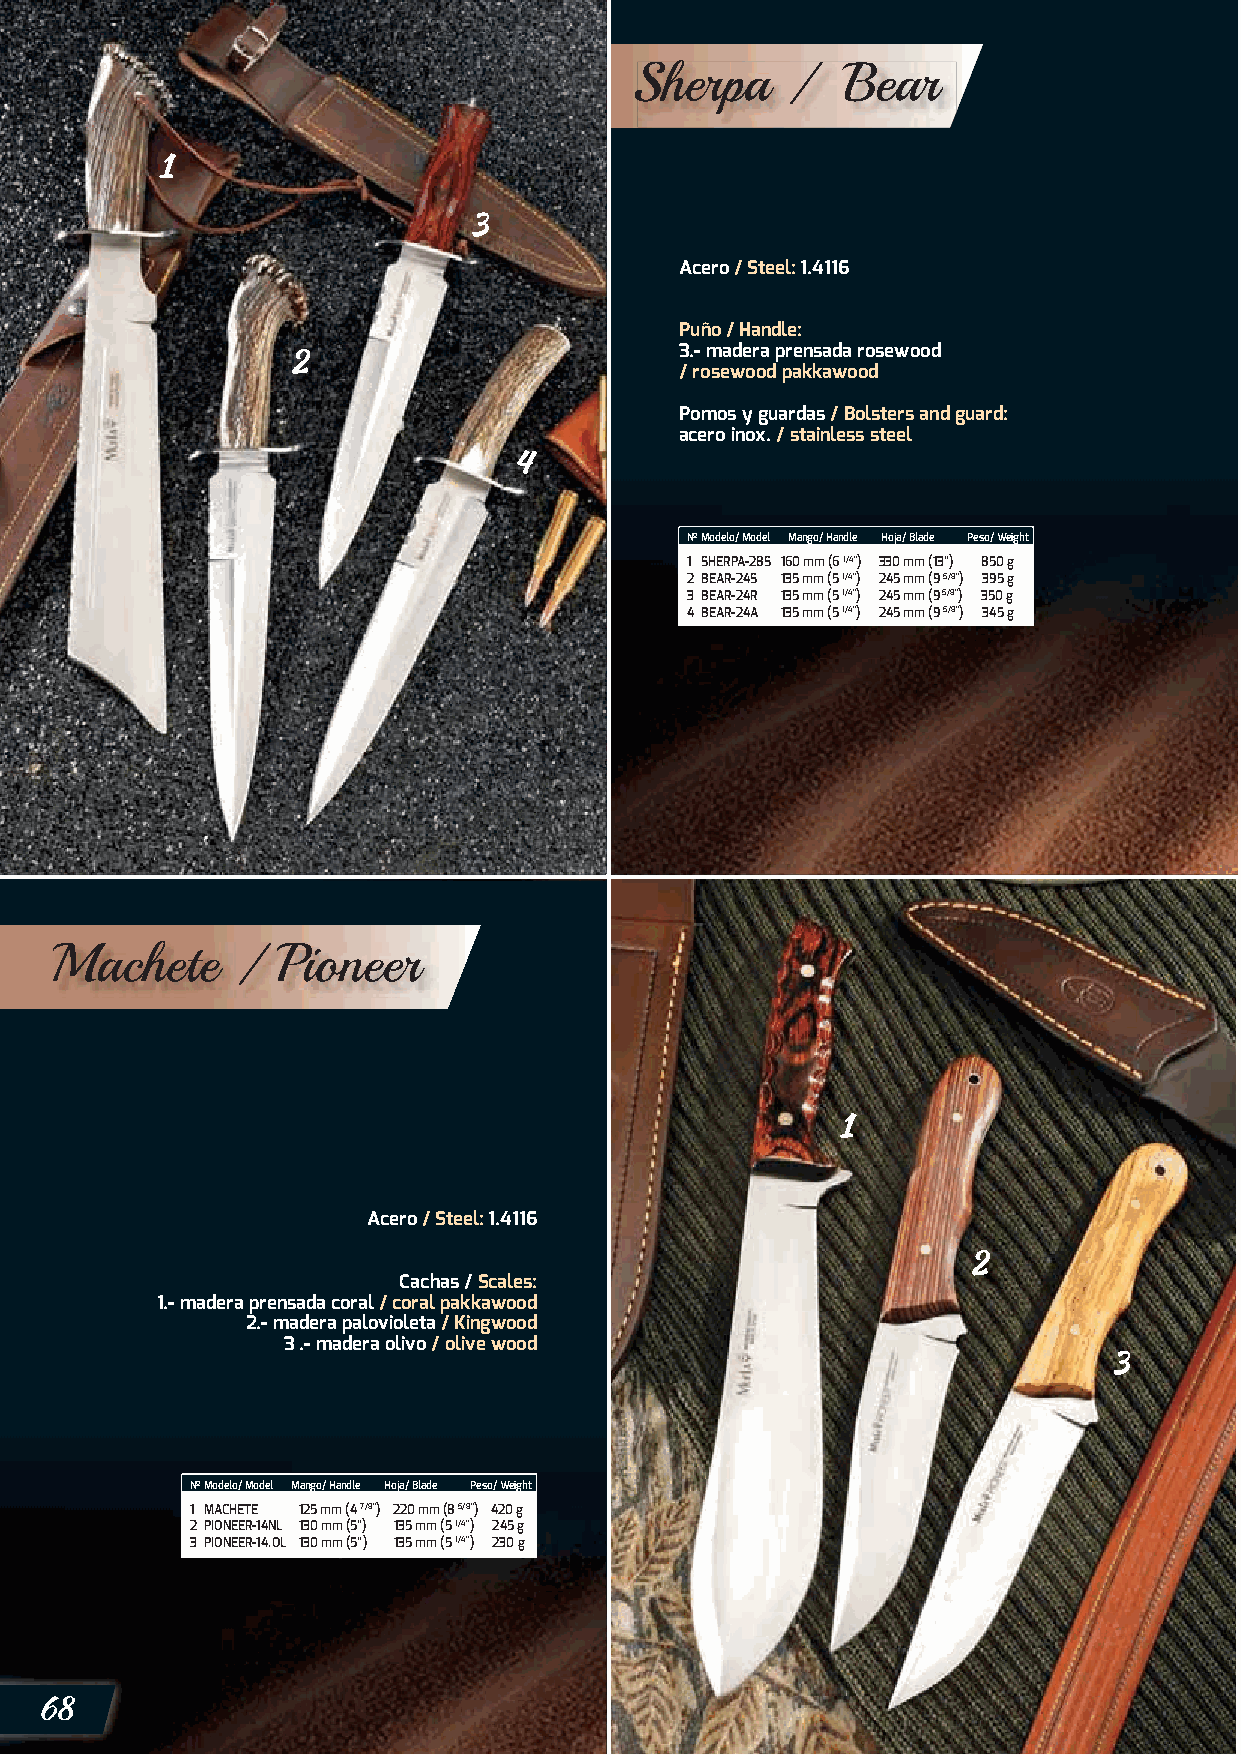
Sherpa    /   Bear
 Acero / Steel: 1.4116
 Puño / Handle:
 3.- madera prensada rosewood
 / rosewood pakkawood
 Pomos y guardas / Bolsters and guard:
 acero inox. / stainless steel
 Nº Modelo/ Model Mango/ Handle Hoja/ Blade Peso/ Weight
 1 SHERPA-28S 160 mm (6 1/4”) 3 30 mm (13”) 850 g
 2 BEAR-24S 135 mm (5 1/4”) 2 45 mm (9 5/8”) 395 g
 3 BEAR-24R 135 mm (5 1/4”) 2 45 mm (9 5/8”) 350 g
 4 BEAR-24A 135 mm (5 1/4”) 2 45 mm (9 5/8”) 345 g
 Machete      / Pioneer
 Acero / Steel: 1.4116
 Cachas / Scales:
 1.- madera prensada coral / coral pakkawood
 2.- madera palovioleta / Kingwood
 3 .- madera olivo / olive wood
 Nº Modelo/ Model Mango/ Handle Hoja/ Blade Peso/ Weight
 1 MACHETE 125 mm (4 7/8”) 220 mm (8 5/8”) 420 g
 2 PIONEER-14NL 130 mm (5”) 135 mm (5 1/4”) 245 g
 3 PIONEER-14.OL 130 mm (5”) 135 mm (5 1/4”) 230 g
 68